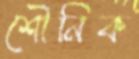
শৌনিক